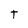
Character: t